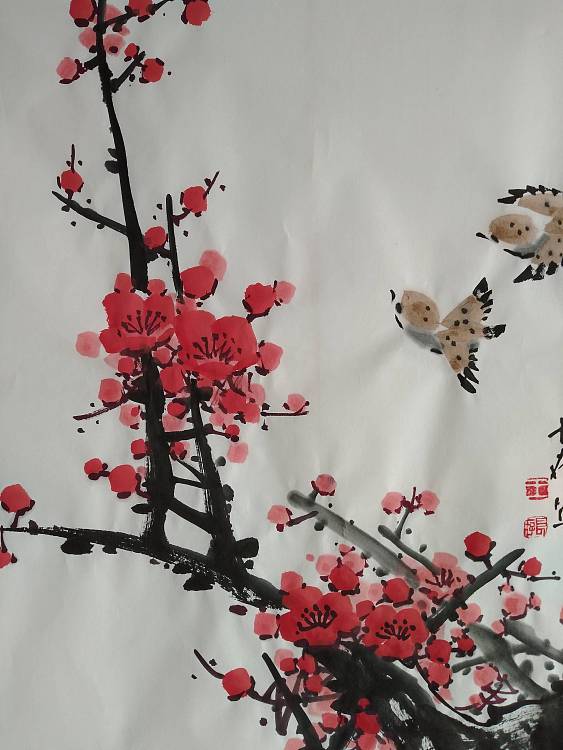
愿春暂留，春归如过翼。